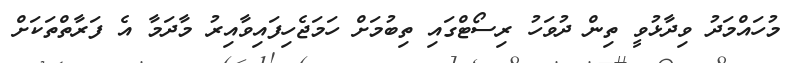
މުހައްމަދު ވިދާޅުވީ ތިން ދުވަހު ރިސޯޓްގައި ތިބުމަށް ހަމަޖެހިފައިވާއިރު މާދަމާ އެ ފަރާތްތަކަށް